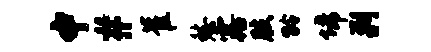
中#崔愁露肢龄埽剿